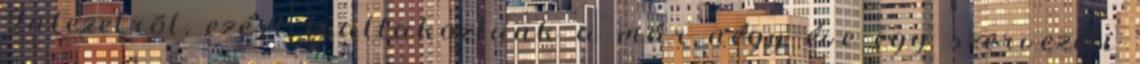
Intézetrõl, ezért csatlakoztunk a már négy éve egy szervezeti